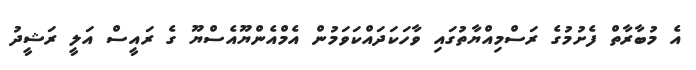
އެ މުބާރާތް ފެށުމުގެ ރަސްމިއްޔާތުގައި ވާހަކަދައްކަވަމުން އެމްއެންޔޫއެސްޔޫ ގެ ރައީސް އަލީ ރަޝީދު